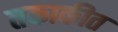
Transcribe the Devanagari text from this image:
तकाकीत